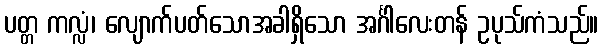
ပတ္တ ကလ္လံ၊ လျောက်ပတ်သောအခါရှိသော အင်္ဂါလေးတန် ဥပုသ်ကံသည်။